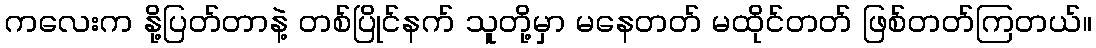
ကလေးက နို့ပြတ်တာနဲ့ တစ်ပြိုင်နက် သူတို့မှာ မနေတတ် မထိုင်တတ် ဖြစ်တတ်ကြတယ်။